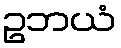
ဥဘယံ